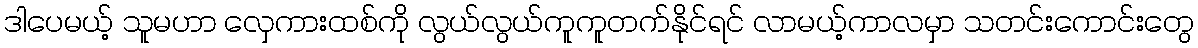
ဒါပေမယ့် သူမဟာ လှေကားထစ်ကို လွယ်လွယ်ကူကူတက်နိုင်ရင် လာမယ့်ကာလမှာ သတင်းကောင်းတွေ